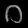
Digit: ၀